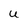
Character: U